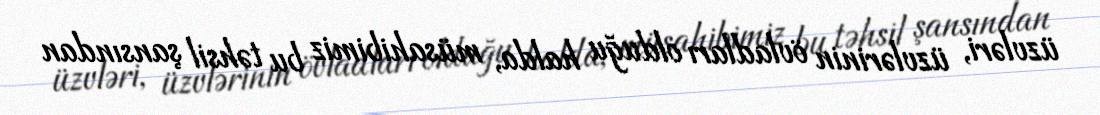
üzvləri, üzvlərinin övladları olduğu halda, müsahibimiz bu təhsil şansından